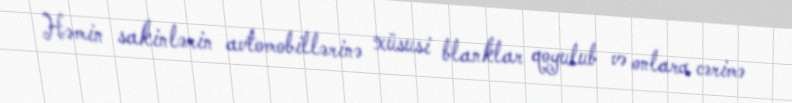
Həmin sakinlərin avtomobillərinə xüsusi blanklar qoyulub və onlara cərimə